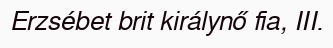
Erzsébet brit királynő fia, III.